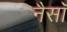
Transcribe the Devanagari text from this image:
नैसॉ